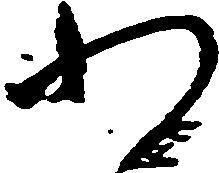
わ